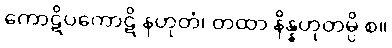
ကောဋိပကောဋိ နဟုတံ၊ တထာ နိန္နဟုတမ္ပိ စ။